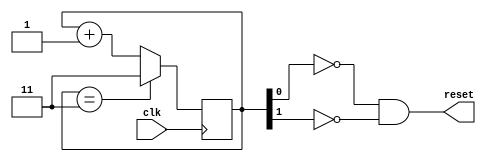
`ifndef _8BIT_STARTUP_V
`define _8BIT_STARTUP_V

module startup(clk, reset);
   input clk;
   output reset;

   reg [1:0] counter = 0;
   wire [1:0] counter_next;

   assign reset = !counter[0] && !counter[1];

   assign counter_next = counter == 2'b11 ? 2'b11 : counter + 1;

   always @(posedge clk)
     counter <= counter_next;
endmodule // startup


`endif